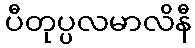
ပီတုပ္ပလမာလိနီ